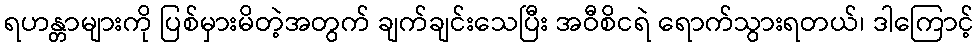
ရဟန္တာများကို ပြစ်မှားမိတဲ့အတွက် ချက်ချင်းသေပြီး အဝီစိငရဲ ရောက်သွားရတယ်၊ ဒါကြောင့်